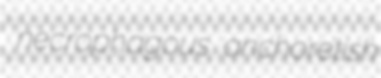
necrophagous anchoretish